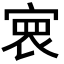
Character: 𡩑